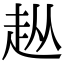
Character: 𧺣